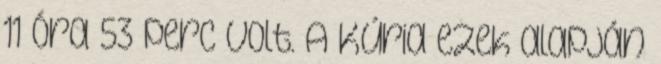
11 óra 53 perc volt. A Kúria ezek alapján